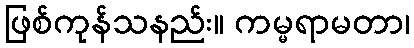
ဖြစ်ကုန်သနည်း။ ကမ္မရာမတာ၊